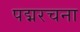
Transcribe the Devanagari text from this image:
पद्मरचना